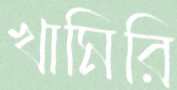
খামিরি